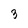
Character: 3